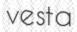
vesta